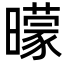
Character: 曚